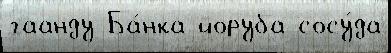
гаанду Ба́нка йоруба сосу́да